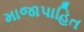
માજાપાહિત